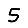
Digit: 5